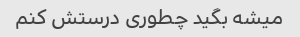
میشه بگید چطوری درستش کنم